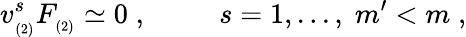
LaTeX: v_{_{(2)}}^{s}F_{_{(2)}}\simeq 0\; ,\; \; \; \; \; \; \; \; \; s=1,...,\; m^{\prime}<m\; ,